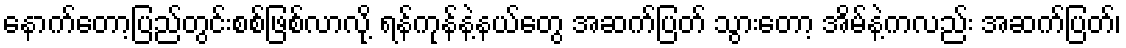
နောက်တော့ပြည်တွင်းစစ်ဖြစ်လာလို့ ရန်ကုန်နဲ့နယ်တွေ အဆက်ပြတ် သွားတော့ အိမ်နဲ့ကလည်း အဆက်ပြတ်၊